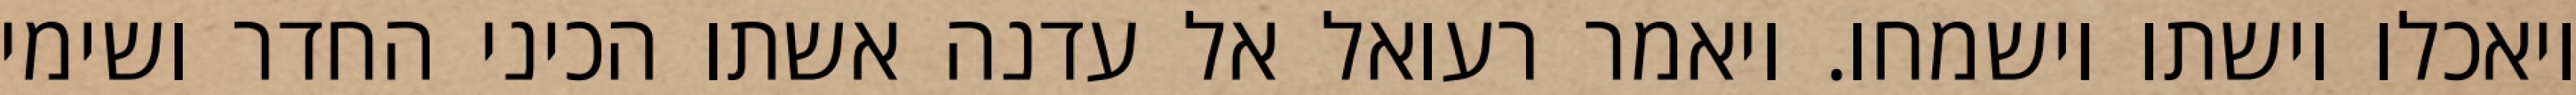
ויאכלו וישתו וישמחו. ויאמר רעואל אל עדנה אשתו הכיני החדר ושימי